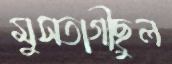
মুসতাগীছুল